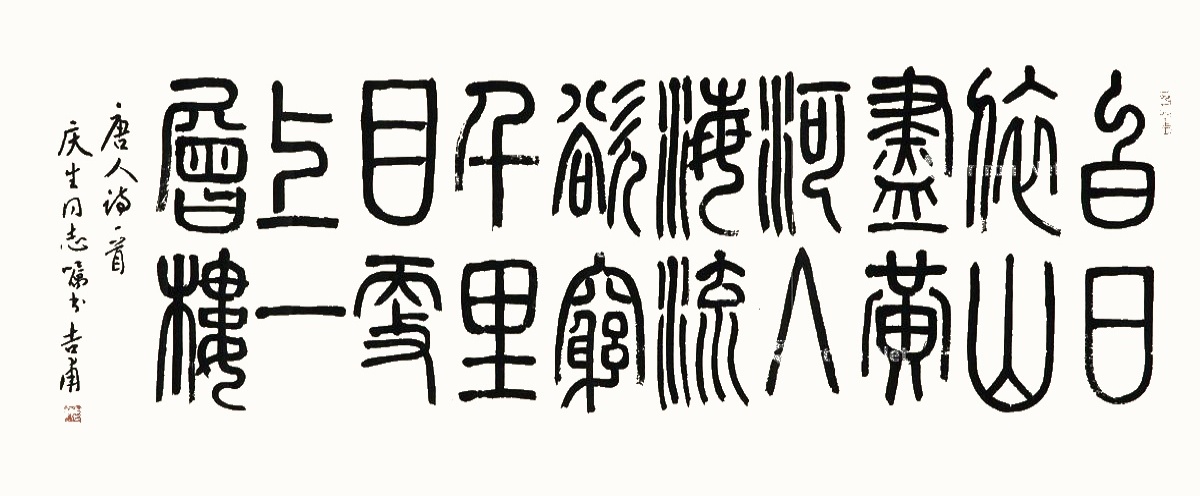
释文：白日依山尽，黄河入海流。欲穷千里目，更上一层楼。唐人诗一首，庆生同志嘱书，吉甫。